Indian journal of veterinary science and animal husbandry - Volumes 28-29, 1958-1959
Year: 1958
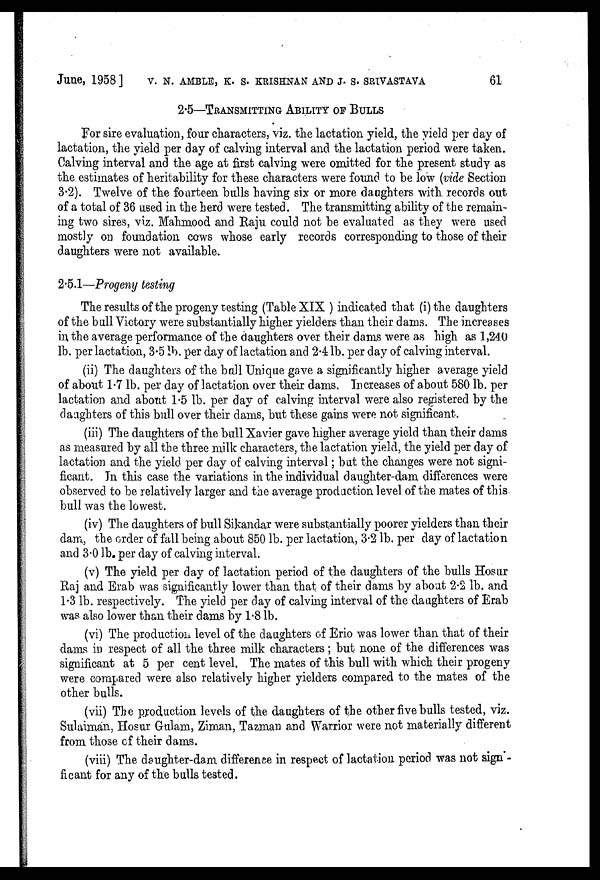
June, 1958 ] V. N. AMBLE, K. S. KRISHNAN AND J. S. SRIVASTAVA 61
2.5—TRANSMITTING ABILITY OF BULLS
For sire evaluation, four characters, viz. the lactation yield, the yield per day of
lactation, the yield per day of calving interval and the lactation period were taken.
Calving interval and the age at first calving were omitted for the present study as
the estimates of heritability for these characters were found to be low (vide Section
3.2). Twelve of the fourteen bulls having six or more daughters with records out
of a total of 36 used in the herd were tested. The transmitting ability of the remain-
ing two sires, viz. Mahmood and Raju could not be evaluated as they were used
mostly on foundation cows whose early records corresponding to those of their
daughters were not available.
2.5.1—Progeny testing
The results of the progeny testing (Table XIX ) indicated that (i) the daughters
of the bull Victory were substantially higher yielders than their dams. The increases
in the average performance of the daughters over their dams were as high as 1,240
lb. per lactation, 3.5 lb. per day of lactation and 2.4 lb. per day of calving interval.
(ii) The daughters of the bull Unique gave a significantly higher average yield
of about 1.7 lb. per day of lactation over their dams. Increases of about 580 lb. per
lactation and about 1.5 lb. per day of calving interval were also registered by the
daughters of this bull over their dams, but these gains were not significant.
(iii) The daughters of the bull Xavier gave higher average yield than their dams
as measured by all the three milk characters, the lactation yield, the yield per day of
lactation and the yield per day of calving interval; but the changes were not signi-
ficant. In this case the variations in the individual daughter-dam differences were
observed to be relatively larger and the average production level of the mates of this
bull was the lowest.
(iv) The daughters of bull Sikandar were substantially poorer yielders than their
dam, the order of fall being about 850 lb. per lactation, 3.2 lb. per day of lactation
and 3.0 lb. per day of calving interval.
(v) The yield per day of lactation period of the daughters of the bulls Hosur
Raj and Erab was significantly lower than that of their dams by about 2.2 lb. and
1.3 lb. respectively. The yield per day of calving interval of the daughters of Erab
was also lower than their dams by 1.8 lb.
(vi) The production level of the daughters of Erio was lower than that of their
dams in respect of all the three milk characters; but none of the differences was
significant at 5 per cent level. The mates of this bull with which their progeny
were compared were also relatively higher yielders compared to the mates of the
other bulls.
(vii) The production levels of the daughters of the other five bulls tested, viz.
Sulaiman, Hosur Gulam, Ziman, Tazman and Warrior were not materially different
from those of their dams.
(viii) The daughter-dam difference in respect of lactation period was not sign-
ficant for any of the bulls tested.